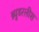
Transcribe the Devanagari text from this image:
ब्र्युडरलीश